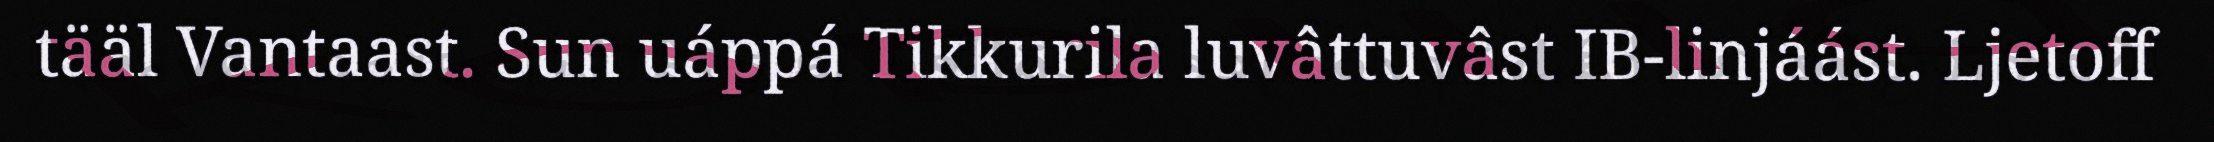
tääl Vantaast. Sun uáppá Tikkurila luvâttuvâst IB-linjáást. Ljetoff